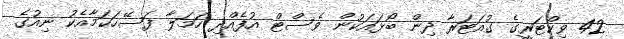
42 ވިކްޓަރީގެ ގުއަޓަރާ ދިން ބޯޅައަކުން ވެސްޓް އުފެއްދި ހަމަލާ ފަސޭހަކަމާއެކު ނިއުގެ